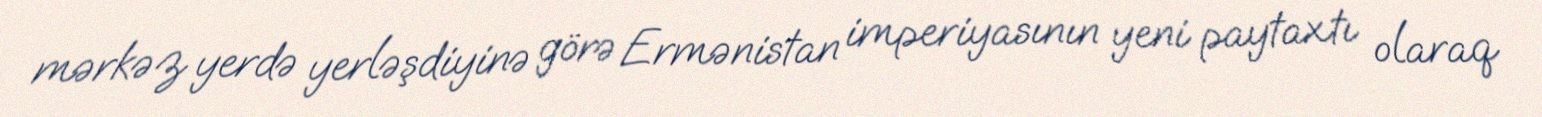
mərkəz yerdə yerləşdiyinə görə Ermənistan imperiyasının yeni paytaxtı olaraq